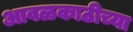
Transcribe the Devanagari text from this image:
आवळकाठीच्या